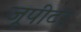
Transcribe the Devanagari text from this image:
जूपीटर